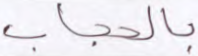
بالحجاب